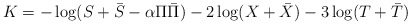
\begin{align*}K = - \log (S + \bar S - \alpha \Pi \bar \Pi) - 2 \log (X + \bar X) - 3 \log (T + \bar T)\end{align*}